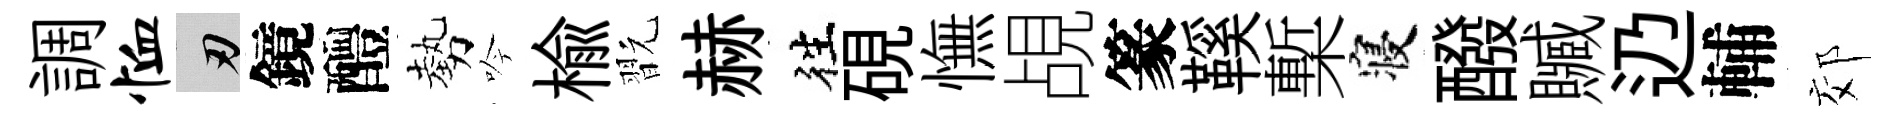
調恤刃鏡醴勢吟榆翫赫徃硯憮覘篆鞵槧寝醱贓辸輔郊